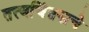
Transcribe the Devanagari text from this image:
तत्त्वचिंतनाचे